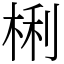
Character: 梸